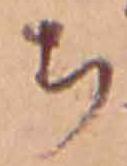
ち